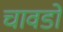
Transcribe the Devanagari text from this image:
चावडो